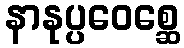
နာနုပ္ပဝေစ္ဆေ